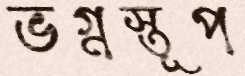
ভগ্নস্তূপ